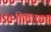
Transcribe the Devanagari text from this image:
दिमूक्राता